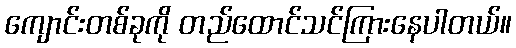
ကျောင်းတစ်ခုကို တည်ထောင်သင်ကြားနေပါတယ်။